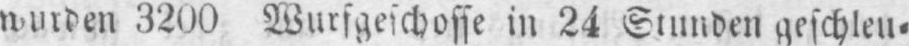
wurden 3200 Wurfgeschosse in 24 Stunden geschleu⸗